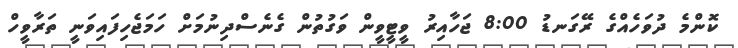
ކޮންމެ ދުވަހެއްގެ ރޭގަނޑު 8:00 ޖަހާއިރު ވީޓީވީން ވަގުތުން ގެނެސްދިނުމަށް ހަމަޖެހިފައިވަނީ ތަރާވީހް